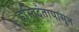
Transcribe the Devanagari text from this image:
हस्तिदंतापासून